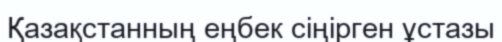
Қазақстанның еңбек сіңірген ұстазы